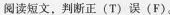
阅读短文, 判断正 (T) 误 (F)。